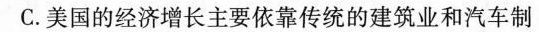
C.美国的经济增长主要依靠传统的建筑业和汽车制